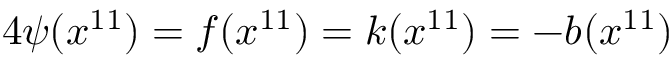
4 \psi ( x ^ { 1 1 } ) = f ( x ^ { 1 1 } ) = k ( x ^ { 1 1 } ) = - b ( x ^ { 1 1 } )